Sanitation, dispensaries and jails vaccination Rajputana 1922-1927 - 1922-1927
Year: 1922
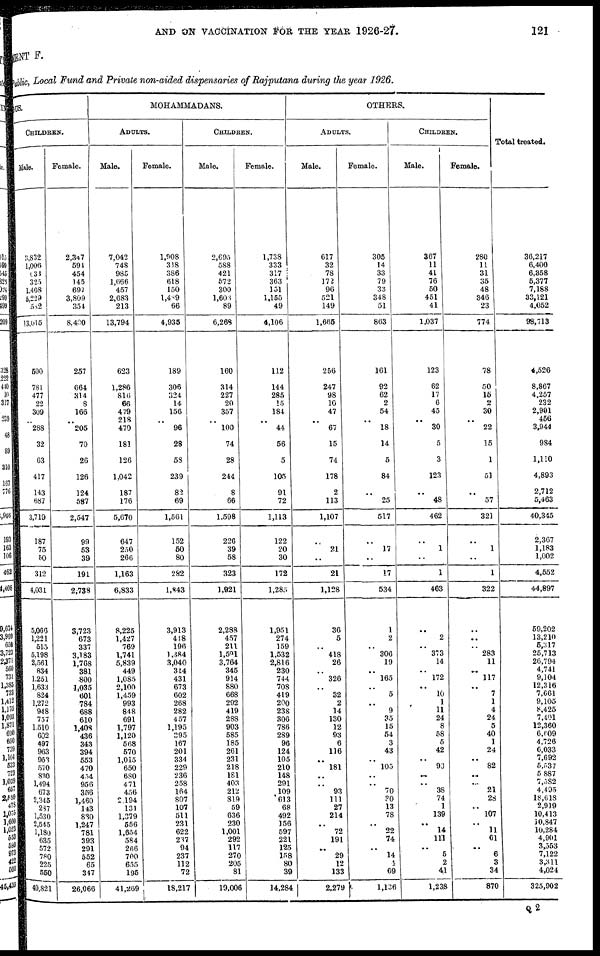
AND ON VACCINATION FOR THE YEAR 1926-27.
121
MENT F.
Public. Local Fund and Private non-aided dispensaries of Rajputana during the year 1926.
DUS.
CHILDREN.
Male.
3,832
1,006
633
325
1,408
5,229
582
13,015
500
781
477
22
309
..
288
32
63
417
143
687
3,719
187
75
50
312
4,031
5,066
1,221
515
5,198
2,561
834
1,251
1,633
824
1,272
948
757
1,510
602
497
963
953
570
830
1,494
673
2,345
287
1,530
2,545
1,180
635
572
780
225
550
40,821
Female.
2,347
594
454
145
697
3,809
354
8,400
257
664
314
8
166
..
205
70
26
126
124
587
2,547
99
53
39
191
2,738
3,723
673
337
3,183
1,768
381
800
1,035
601
784
688
610
1,408
436
343
394
553
470
454
956
356
1,460
143
830
1,247
781
393
291
552
65
347
26,066
MOHAMMADANS.
ADULTS.
Male.
7,042
748
985
1,666
457
2,683
213
13,794
623
1,286
816
66
479
218
470
181
126
1,042
187
176
5,670
647
250
266
1,163
6,833
8,225
1,427
769
1,741
5,839
449
1,085
2,100
1,459
993
848
691
1,797
1,120
568
570
1,015
650
680
471
456
2,194
131
1,379
556
1,654
584
266
700
655
195
41,269
Female.
1,908
318
386
618
150
1,489
66
4,935
189
306
324
14
156
..
96
28
58
239
82
69
1,561
152
50
80
282
1,843
3,913
448
196
1,384
3,040
314
431
673
602
268
282
457
1,195
395
167
201
334
229
236
258
164
807
107
511
231
622
237
94
237
112
72
18,217
CHILDREN.
Male.
2,695
588
421
572
300
1,603
89
6,268
160
314
227
20
357
..
100
74
28
244
8
66
1,598
226
39
58
323
1,921
2,288
457
211
1,591
3,764
345
914
880
668
292
419
288
903
585
185
261
231
218
181
403
212
819
59
636
230
1,001
292
117
270
205
81
19,006
Female.
1,738
333
317
363
151
1,155
49
4,106
112
144
285
15
184
..
44
56
5
105
91
72
1,113
122
20
30
172
l,285
1,951
274
159
1,532
2,816
230
744
708
419
200
238
306
786
289
96
124
105
210
148
291
109
613
68
492
156
597
221
125
158
80
39
14,284
OTHERS.
ADULTS.
Male.
617
32
78
172
96
521
149
1,665
256
247
98
10
47
..
67
15
74
178
2
113
1,107
..
21
..
21
1,128
36
5
..
418
26
..
326
..
32
2
14
130
12
93
6
116
..
181
..
..
93
111
27
214
..
72
191
..
29
12
133
2,279
Female.
305
14
33
79
33
348
51
863
161
92
62
2
54
..
18
14
5
84
..
25
517
..
17
..
17
534
1
2
..
306
19
..
165
..
5
..
9
35
15
54
3
43
..
105
..
..
70
30
13
78
..
22
74
..
14
4
69
1,136
CHILDREN.
Male.
367
11
41
76
50
451
41
1,037
123
62
17
6
45
..
30
5
3
123
..
48
462
..
1
..
1
463
..
2
..
373
14
..
172
..
10
1
11
24
8
58
5
42
..
93
..
..
38
74
1
139
..
14
111
..
5
2
41
1,238
Female.
280
11
31
35
48
346
23
774
78
50
15
2
30
..
22
15
1
51
..
57
321
..
1
..
1
322
..
..
..
283
11
..
117
..
7
1
4
24
5
40
1
24
..
82
..
..
21
28
..
107
..
11
61
..
6
3
34
870
Total treated.
36,217
6,400
6,358
5,377
7,188
33,121
4,052
98,713
4,526
8,867
4,257
232
2,901
456
3,944
984
1,110
4,893
2,712
5,463
40,345
2,367
1,183
1,002
4,552
44,897
59,202
13,210
5,317
25,713
26,794
4,741
9,104
12,316
7,661
9,105
8,425
7,401
12,360
6,609
4,726
6,033
7,692
5,537
5,887
7,582
4,495
18,618
2,919
10,413
10,847
10,284
4,901
3,553
7,122
3,311
4,024
325,902
Q 2